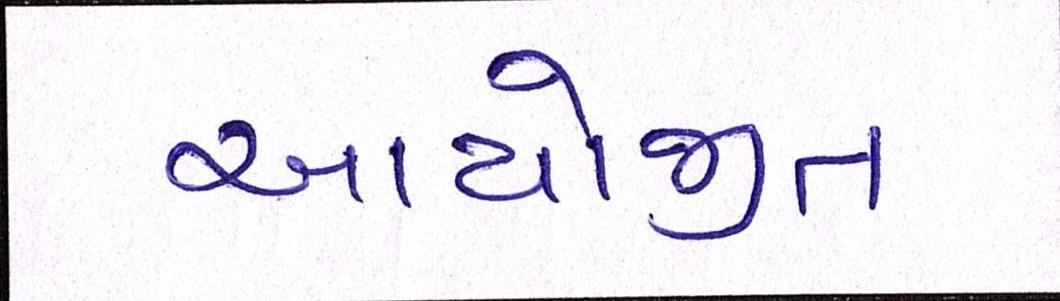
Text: આયોજીત